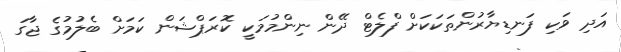
އަދި ވަކި ފަނޑިޔާރުންތަކަކަށް ފްލެޓް ދޭން ނިންމުމަކީ ކޮރަޕްޝަން ކަމަށް ބެލުމުގެ ޖާގަ